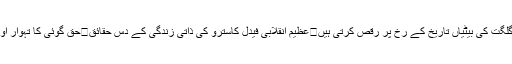
نسیم حجازی ایک طعنہ نہیں بلکہ ایک تمغہ ہیں	مرد کے لئے عورت اور گھوڑی ایک برابر...	گلگت کی بیٹیاں تاریخ کے رخ پر رقص کرتی ہیں	عظیم انقلابی فیدل کاسترو کی ذاتی زندگی کے دس حقائق	حق گوئی کا تہوار اور تیسری دراز میں رکھا سچ	اسلامی فوج پر کچھ احمقانہ سوالات اور عقلمندانہ جوابات	ویل ڈن !